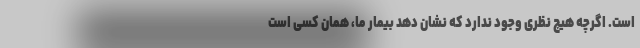
است. اگرچه هیچ نظری وجود ندارد که نشان دهد بیمار ما، همان کسی است